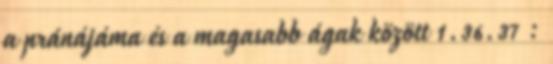
a pránájáma és a magasabb ágak között 1.36.37 :